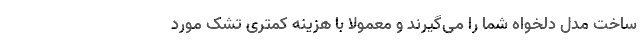
ساخت مدل دلخواه شما را می‌گیرند و معمولا با هزینه کمتری تشک مورد